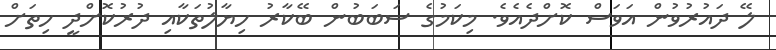
ލޭ ދައުރުވުން އަވަސް ކޮށްދެއެވެ. މިކަމުގެ ސަބަބުން ބޭކާރު ހިޔާލުތަކާއި ދުރުކޮށްދީ ހިތަށް